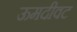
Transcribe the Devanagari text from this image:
ऊमदीवट